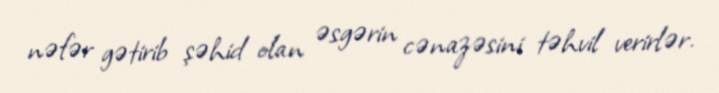
nəfər gətirib şəhid olan əsgərin cənazəsini təhvil verirlər.